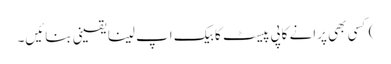
) کسی بھی پرانے کاپی پیسٹ کا بیک اپ لینا یقینی بنائیں۔